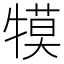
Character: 𭷱